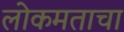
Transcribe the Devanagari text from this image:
लोकमताचा